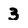
Character: 3